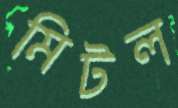
মিটল